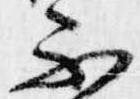
不